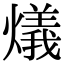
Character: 燨